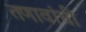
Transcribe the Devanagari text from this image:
तणावांची